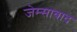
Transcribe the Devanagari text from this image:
जेम्साबाद